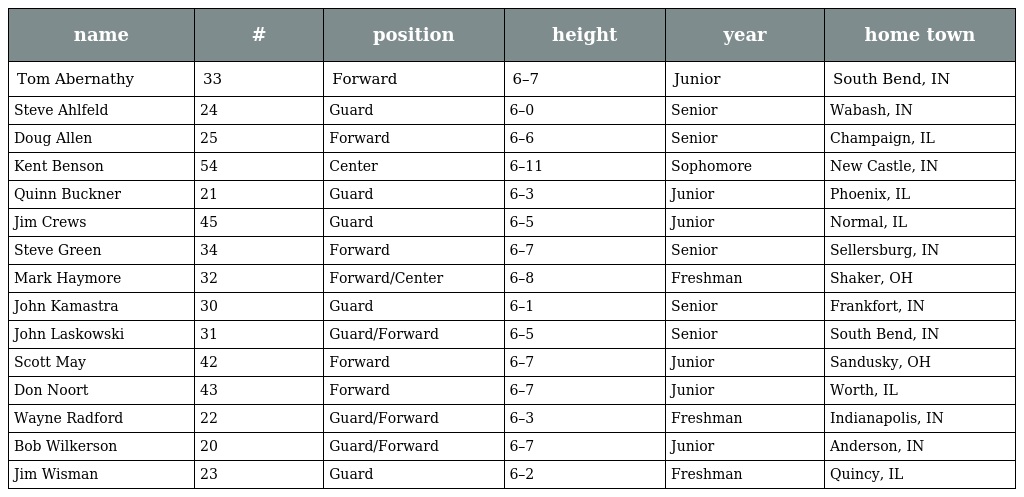
| name | # | position | height | year | home town |
 | --- | --- | --- | --- | --- | --- |
 | Tom Abernathy | 33 | Forward | 6–7 | Junior | South Bend, IN |
 | Steve Ahlfeld | 24 | Guard | 6–0 | Senior | Wabash, IN |
 | Doug Allen | 25 | Forward | 6–6 | Senior | Champaign, IL |
 | Kent Benson | 54 | Center | 6–11 | Sophomore | New Castle, IN |
 | Quinn Buckner | 21 | Guard | 6–3 | Junior | Phoenix, IL |
 | Jim Crews | 45 | Guard | 6–5 | Junior | Normal, IL |
 | Steve Green | 34 | Forward | 6–7 | Senior | Sellersburg, IN |
 | Mark Haymore | 32 | Forward/Center | 6–8 | Freshman | Shaker, OH |
 | John Kamastra | 30 | Guard | 6–1 | Senior | Frankfort, IN |
 | John Laskowski | 31 | Guard/Forward | 6–5 | Senior | South Bend, IN |
 | Scott May | 42 | Forward | 6–7 | Junior | Sandusky, OH |
 | Don Noort | 43 | Forward | 6–7 | Junior | Worth, IL |
 | Wayne Radford | 22 | Guard/Forward | 6–3 | Freshman | Indianapolis, IN |
 | Bob Wilkerson | 20 | Guard/Forward | 6–7 | Junior | Anderson, IN |
 | Jim Wisman | 23 | Guard | 6–2 | Freshman | Quincy, IL |